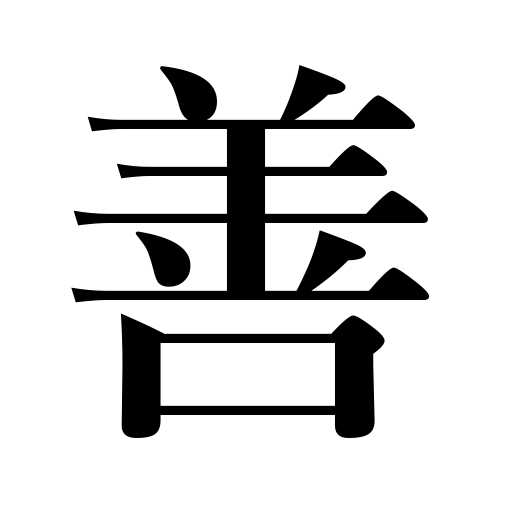
Meanings: well,beautiful,justifiable,desirous,satisfactory,appropriate,lucky,better,goodness,all right,right,virtue,unnecessary,fine,pleasing,efficacious,easy,noble,precious,friendly,no objection,lovely,good-natured,good,intimate,suitable